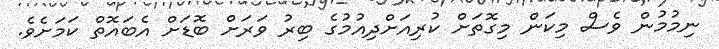
ނިމުމުން ވެސް މިކަން މިގޮތަށް ކުރިއަށްދިއުމުގެ ބިރު ވަރަށް ބޮޑަށް އެބައޮތް ކަމަށެވެ.